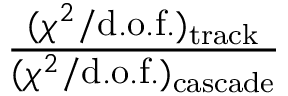
\frac { ( \chi ^ { 2 } / \mathrm { d . o . f . } ) _ { \mathrm { t r a c k } } } { ( \chi ^ { 2 } / \mathrm { d . o . f . } ) _ { \mathrm { c a s c a d e } } }